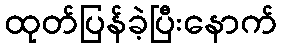
ထုတ်ပြန်ခဲ့ပြီးနောက်